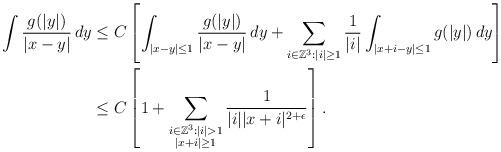
LaTeX: \begin{align*}\int \frac{g(|y|)}{|x-y|}\,dy &\leq C\left[\int_{|x-y|\leq 1} \frac{g(|y|)}{|x-y|}\,dy+\sum_{i\in {\mathbb{Z}}^3:|i|\geq 1}\frac{1}{|i|}\int_{| x+i-y|\leq 1}g(|y|)\,dy\right]\\&\leq C\left[1+\sum_{\substack{i\in {\mathbb{Z}}^3:|i|>1\\|x+i|\geq 1}}\frac{1}{|i||x+i|^{2+\epsilon}}\right].\end{align*}